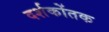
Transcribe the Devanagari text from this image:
दर्शकोंतक